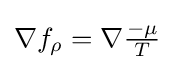
{\textstyle \nabla f_{\rho }=\nabla {\frac {-\mu }{T}}}